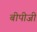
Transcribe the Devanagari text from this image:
बीपीजी